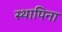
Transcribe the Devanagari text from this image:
स्थापिना